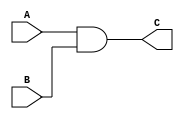
`timescale 1ns / 1ps
//////////////////////////////////////////////////////////////////////////////////
// Company: 
// Engineer: 
// 
// Design Name: 
// Module Name: modules
// Project Name: 
// Target Devices: 
// Tool Versions: 
// Description: 
// 
// Dependencies: 
// 
// Revision:
// Revision 0.01 - File Created
// Additional Comments:
// 
//////////////////////////////////////////////////////////////////////////////////


module and_gate(
    input [0:0] A,
    input [0:0] B,
    output [0:0] C
    );
    assign C =A & B;
endmodule

module or_gate(
    input [0:0] A,
    input [0:0] B,
    output [0:0] C
    );
    assign C =A | B;
endmodule

module not_gate(
    input [0:0] A,
    output [0:0] B);
    assign B = ~A;
endmodule